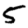
Digit: 5